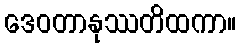
ဒေဝတာနုဿတိထကာ။